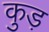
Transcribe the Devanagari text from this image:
कुड़